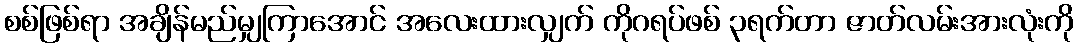
စစ်ဖြစ်ရာ အချိန်မည်မျှကြာအောင် အလေးထားလျှက် ကိုဂရပ်ဖစ် ၃ရက်တာ ဇာတ်လမ်းအားလုံးကို